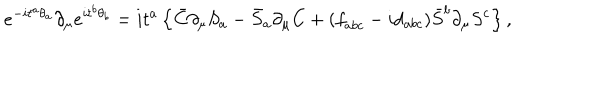
e ^ { - i { t } ^ { a } { \theta } _ { a } } \partial _ { \mu } e ^ { i { t } ^ { b } { \theta } _ { b } } = i { t } ^ { a } \left\{ \bar { C } \partial _ { \mu } S _ { a } - \bar { S } _ { a } \partial _ { \mu } C + ( { f } _ { a b c } - i { d } _ { a b c } ) \bar { S } ^ { b } \partial _ { \mu } { S } ^ { c } \right\} ,